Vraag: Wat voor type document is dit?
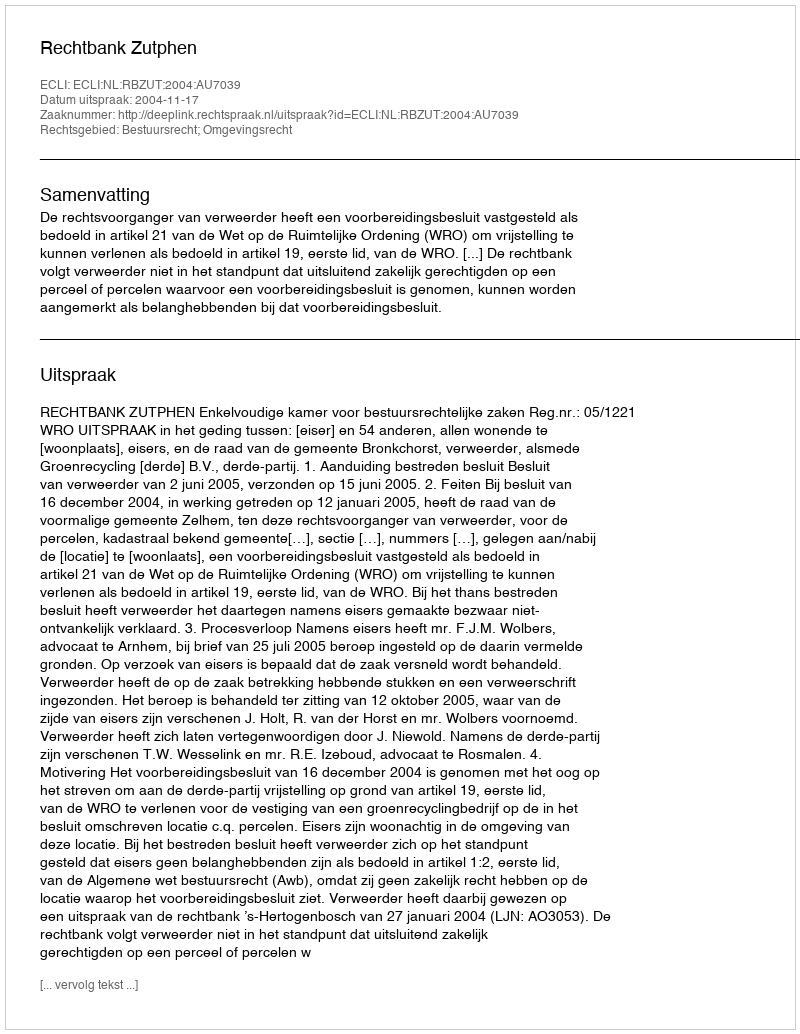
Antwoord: Uitspraak